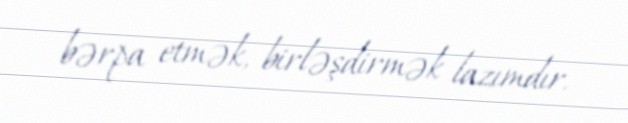
bərpa etmək, birləşdirmək lazımdır.